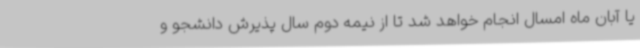
یا آبان ماه امسال انجام خواهد شد تا از نیمه دوم سال پذیرش دانشجو و